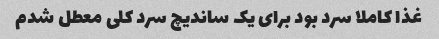
غذا کاملا سرد بود برای یک ساندیچ سرد کلی معطل شدم